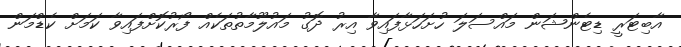
އާބިޓަރީ ޑިޓެންޝަން މައްސަލަ ހުށަހަޅާފައިވާ އިރު ދޮގު މައުލޫމާތުތަކެއް ފޯރުކޮށްފައިވާ ކަމަށް ކެޑްމަން